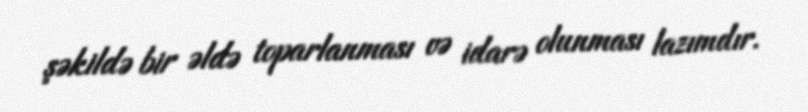
şəkildə bir əldə toparlanması və idarə olunması lazımdır.